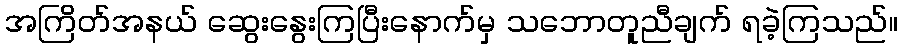
အကြိတ်အနယ် ဆွေးနွေးကြပြီးနောက်မှ သဘောတူညီချက် ရခဲ့ကြသည်။